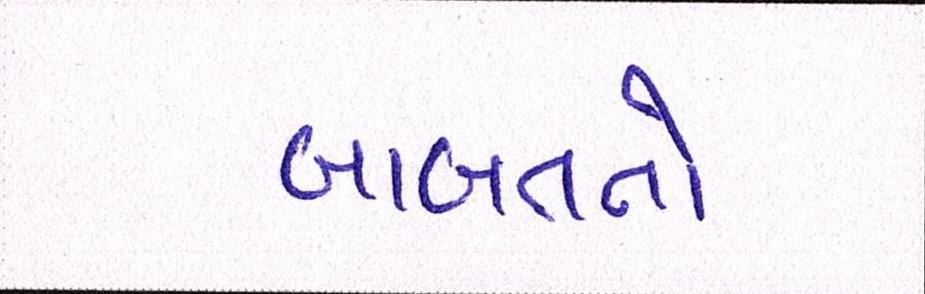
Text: બાબતતો